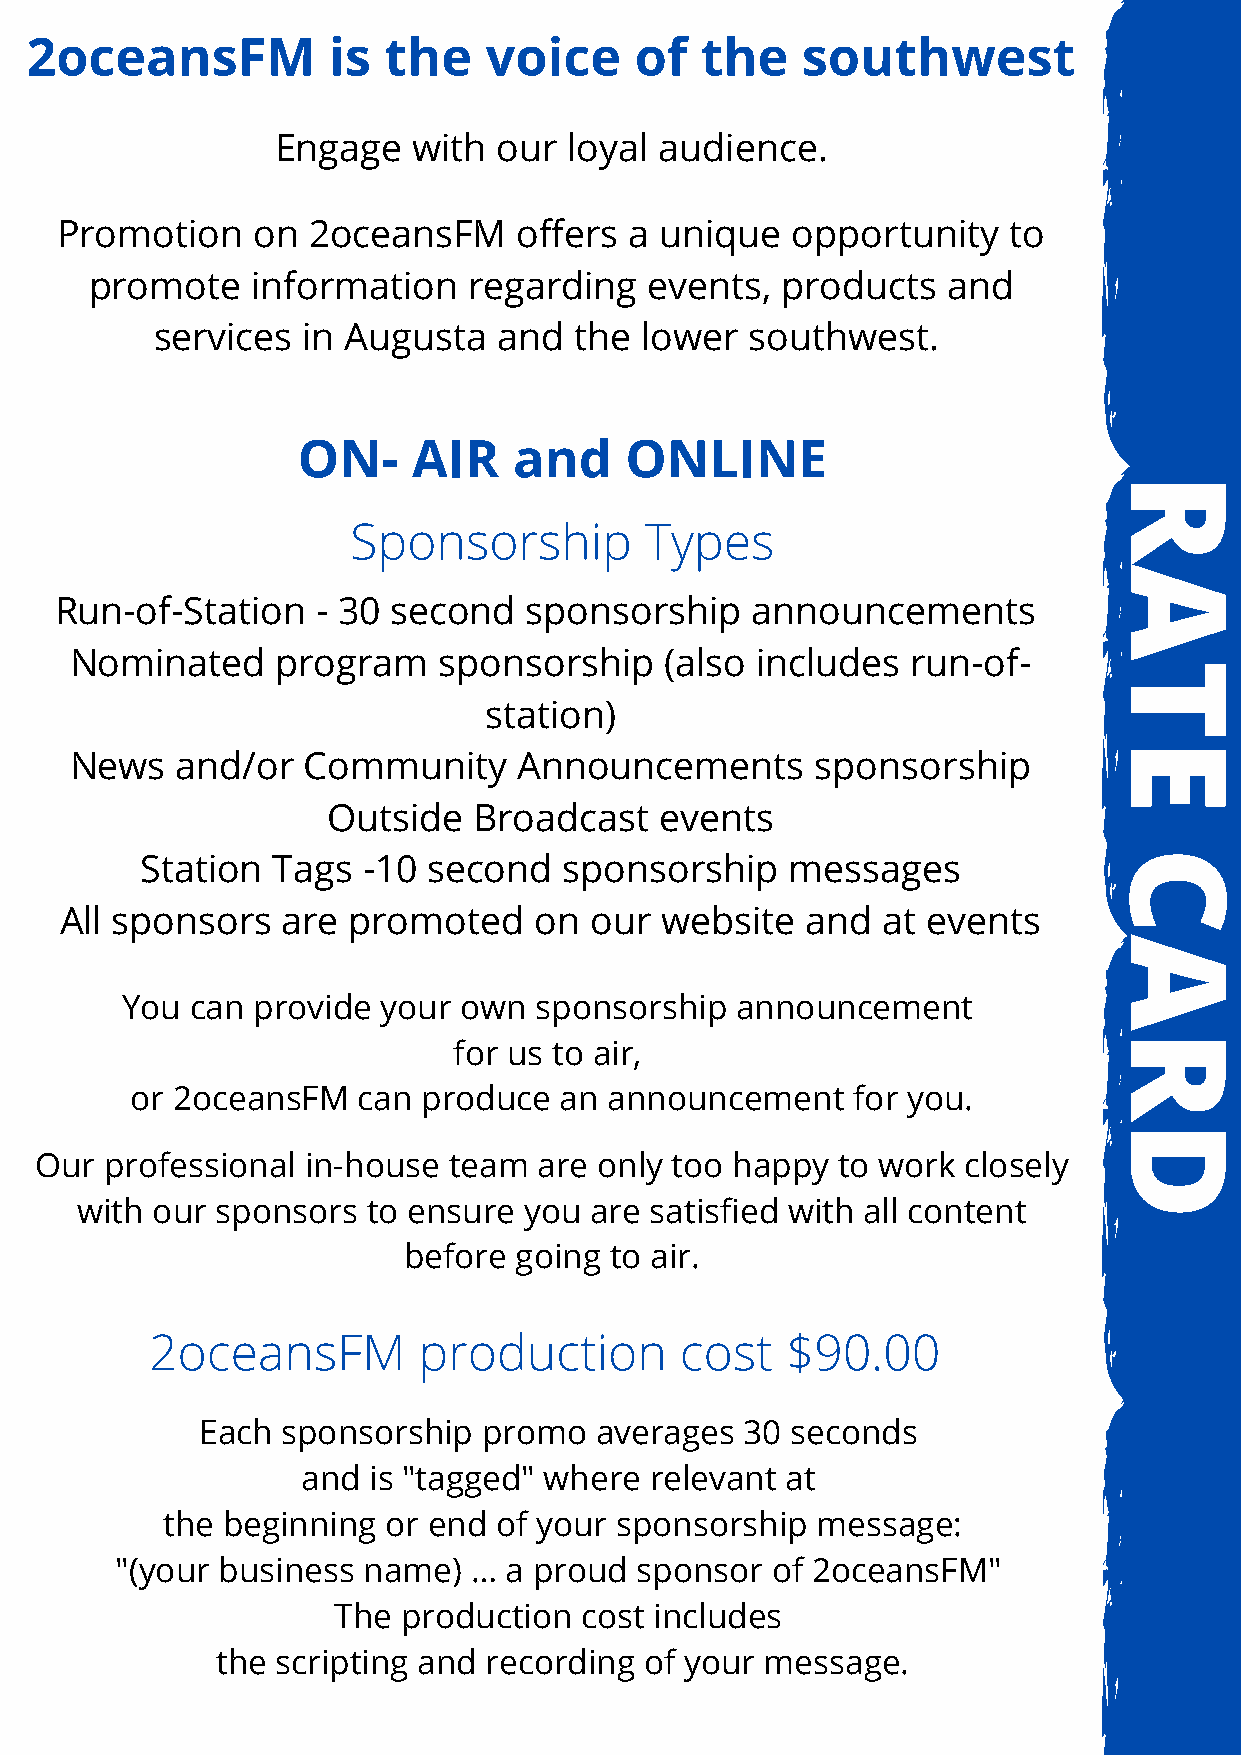
2oceansFM           is the    voice     of  the    southwest
 Engage   with  our  loyal audience.
 Promotion    on 2oceansFM     offers  a unique  opportunity    to
 promote    information   regarding   events,  products   and
 services  in Augusta   and  the lower   southwest.
 ON-    AIR    and    ONLINE
 R
 Sponsorship         Types
 A
 Run-of-Station   - 30 second   sponsorship    announcements
 Nominated    program    sponsorship    (also includes  run-of-
 T
 station)
 E
 News   and/or  Community     Announcements       sponsorship
 Outside  Broadcas   t events
 C
 Station  Tags  -10 second   spo nsorship   messages
 All sponsors   are promoted    on  our  website  and  at events
 A
 You  can provide your own  sponsorship   announcement
 R
 for us to air,
 or 2oceansFM   can produce  an announcement    for you.
 D
 Our  professional in-house  team  are only too happy to work  closely
 with our sponsors  to ensure  you are satisfied with all content
 before going to air.
 2oceansFM         production       cost   $90.00
 Each  sponsorship  promo  averages  30 seconds
 and is "tagged" where  relevant at
 the beginning or end  of your sponsorship  message:
 "(your business name)  … a proud  sponsor  of 2oceansFM"
 The  production cost includes
 the scripting and recording  of your message.